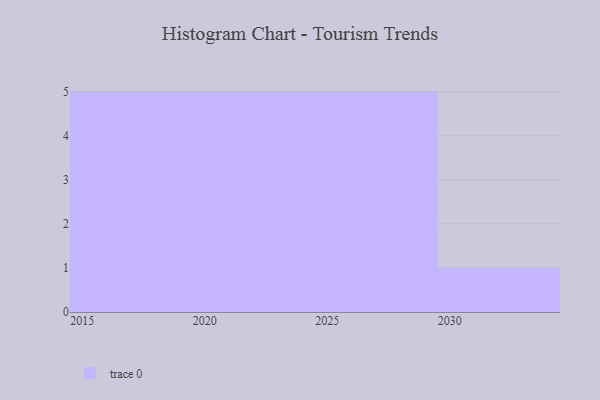
{"axis": {"x": "Year", "y": "Operating Costs (USD K)"}, "legend": [""], "data": [{"x": "2021", "y": 91, "type": ""}, {"x": "2029", "y": 97, "type": ""}, {"x": "2015", "y": 27, "type": ""}, {"x": "2016", "y": 36, "type": ""}, {"x": "2019", "y": 90, "type": ""}, {"x": "2017", "y": 38, "type": ""}, {"x": "2030", "y": 21, "type": ""}, {"x": "2022", "y": 53, "type": ""}, {"x": "2024", "y": 37, "type": ""}, {"x": "2025", "y": 35, "type": ""}, {"x": "2020", "y": 35, "type": ""}, {"x": "2023", "y": 92, "type": ""}, {"x": "2027", "y": 8, "type": ""}, {"x": "2018", "y": 48, "type": ""}, {"x": "2026", "y": 80, "type": ""}, {"x": "2028", "y": 13, "type": ""}]}